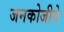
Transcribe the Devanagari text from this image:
जनकोजीने